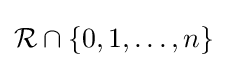
{\mathcal {R}}\cap \{0,1,\ldots ,n\}